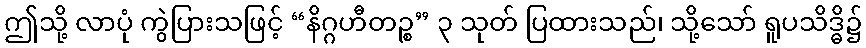
ဤသို့ လာပုံ ကွဲပြားသဖြင့် “နိဂ္ဂဟီတဉ္စ” ၃ သုတ် ပြထားသည်၊ သို့သော် ရူပသိဒ္ဓိ၌